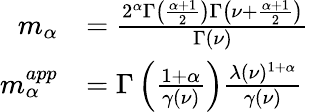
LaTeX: \begin{array}{rl}{m_{\alpha}}&{=\frac{2^{\alpha}\Gamma\left(\frac{\alpha+1}{2}\right)\Gamma\left(\nu+\frac{\alpha+1}{2}\right)}{\Gamma\left(\nu\right)}}\\ {m_{\alpha}^{app}}&{=\Gamma\left(\frac{1+\alpha}{\gamma(\nu)}\right)\frac{\lambda(\nu)^{1+\alpha}}{\gamma(\nu)}}\end{array}